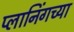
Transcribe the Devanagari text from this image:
प्लानिंगच्या